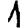
Digit: 1